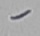
Text: -